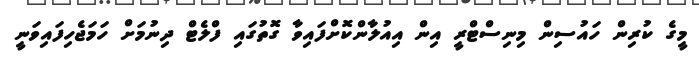
މީގެ ކުރިން ހައުސިން މިނިސްޓްރީ އިން އިއުލާންކޮށްފައިވާ ގޮތުގައި ފްލެޓް ދިނުމަށް ހަމަޖެހިފައިވަނީ